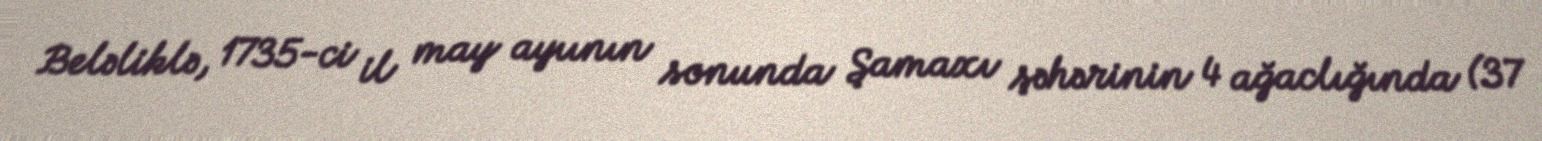
Beləliklə, 1735-ci il may ayıının sonunda Şamaxı şəhərinin 4 ağaclığında (37